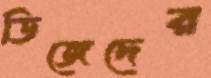
ডিজেদের